Tezpur Lunatic Asylum reports 1877-1894 - 1877-1894
Year: 1877
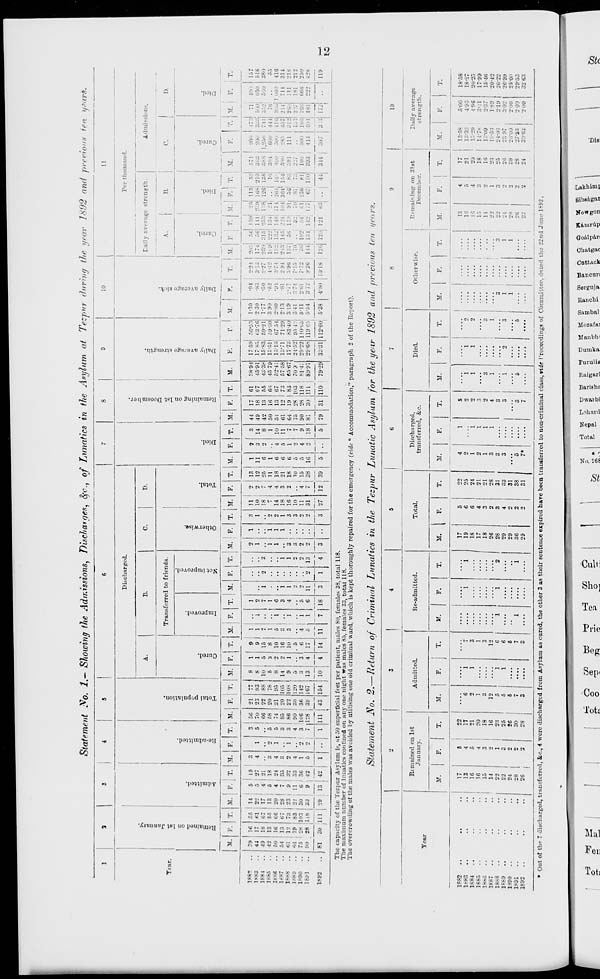
Statement No. 1.- Showing the Admissions, Discharges, fyc, of Lunatics in the Asylum at Tezpur during the year 1892 and previous fen y?.arh.
1
3
S
|
4
1
1 3
6
7
8
9
10
11
Discharged.
|
Per thousand.
A.
B.
C.
D.
Daily average strength.
Admissions.
5
■c
c
"5
B
5
S
•a
a
a
•a
t£
o
_5
11
a
o.
c
Q.
"3
o
H
|
•6
5
a
3
bo
e
'3
a
1?
3
c
5
>
a
"3
Q
bo
p
>
'3
1. 1
A.
Ttar.
•d
a
a
o
Transferred to friends.
O
"3
o
En
B.
1
C.
1
D.
>
O
a.
a
p
a
c
If.
-3
5
K
■a
3
■o"
3
o
T.
St
13
5
P.
M. F.
T. 1L | P. | T. M.
F.
T.
M.
1
F.
T.
M.
(
F.
T.
M. P.
T.
M. F.
T. M.
F.
T. M.
F.
T. if.
F.
T.
M. F.
T.
M.
F.
r.l
l
M.
*•
T. 1 M. | F. ] T. ' M.
F -
T.
188->
..
,9
M
56
14 ! 5
,9
3
3 ! 56 21 77
8
1
9
1
1
2
1
3
11
2
13
1
2
3
44
17
61
3894 17 59 50-53 1-30
•94
2-24
205
56 159 25 11 s| 53
571
200
(73
71
411 1
157
1883
44
17
til
22
5
27 j 4
1
5
70
23 93
8
1
9
1
1
0
1
1
10
2
12
11
3
14
49
18 67
4591 17 f5 K3-76 2 30
•83
3!.i
174
56 141- 239 168 219
:;■;:;
200
600
518
1884
49
18
07 | 17 ! 4 21
06
CO
88
10
5
15
7
7
2
3
18
7
25
6
2
8
42
13
55
48-3* 15-83 59-21 1-77
■50
2-27
230 315 253 138 126 135
588 1,250
711 ■
-
380
1885
42
13
85 I 13
5
18
3
•> 5 58 20 78
5
3
8
1
.
1
1
1
2
4
11
1
1
50
16
66
45 79 13-51 59-30 3 90
•52
1-42
lea 222
:i\ ..
16
384
600
111
76
55
1SS6
50
it;
06 | 20
4
24
4
1
5
74
21
95
8
2
10
5
1
6
1
1
2
14
4
18
6
4
10 51
13
67
52-4I 15-13 67 51 2-80
•91
:;•:! 152 132 148 il 1, 264 14- 401.'
500
416 3 . ■
416
1887
..
.14
13
67
2S
7
35
3
3
85
20 105
14
<> 16 3
.
3
1
1
1
18
3
21
6
5
11
61
12
73
57-58 13*71 71-29 2-13
•81
2 9 1
243 145 224 in fi 364 154
.-,•)■.
285
457 214
711
314
1888
til
12
73
23
9
32
2
1
3
86
22 108
9
1
10
3
1
4
1
3
3
16
2
18
6
1
7
64
19
83
65-67 177;! 83-40 319
2-7 .
5-96
137
56 119
91
56
83
391
111
312 s. in 218
1889
64
19
S3
23
11
33
4
4 1 90
30 120
5
. 5
2
3
3
10
10
,-,
2
7
75
28 103
70 9
1 24-52 95 1 v 341
."'7 ■ !
7-15
70
52
70
81
7:
227
151 ■: 7
1-1
212
1*90
75 1 28 103 30
6 i 3G
1
2
3 In 6
36 142
3
3
6
4
1
5
2
2
2
11
4
15
g
4
9
90
28 118
81-4:
29*22 110-65 5-11
261
7-72
:;•; 102 54' 61 136 81 100
500
1661 10:;
666
250
JsM
..
90
81
28 118 S3
•29
9
13
42
42 i
5
1
o
1
.28 j
ill
39
43
167
154
13
10
4
4
17
14
5
11
1
6
11
3
2
1
13
4
2
3
2
3
31
27
7
12
38
39
16
5
18
5
81
79
110
89-97 29-68
33-31
11965 5-54
:: 72
4-80
9 26 ; in 134
1-2 1
142 177
67 150
.. ! 41
393
3-14
ill
:;u7
481
17.
428
1*92
30 1
111
7
18
79-29
112-60 5-38
10-18
126
124
(.3
119
The capacity of the Tezpur Asylum is, sit 50 superficial feet per patient, males 80, females 38, total 118.
The maximum number of lunatics confined on any one night was males 85, females 33, total 118.
The overcrowding of the males was avoided by utilising one old criminal ward, which is kept thoroughly repaired for the emergency (vide
to
Accommodation,"' paragraph 2 of the Report).
Statement No. 2.—Return of Criminal Lunatics in the Tezpur Lunatic Asylum for the year 1892 and previous ten years.
1
2
[
3
|
4
5
6
1 7
|
8
9
10
Remained on 1st
Jan nary.
Admitted
Re-admitted.
Total.
Discharged,
transferred, &c.
Died.
Otherwise.
Remaining on 31st
December.
Daily average
strength.
Tear
V.
F.
I - If. F. 1 ^ If. F. T. M. [» T. M. F. T. M. F. T. M. F. T. M. F. ! T. M. F. T.
1882
..
17
8
22
17
5
22
4
1
8
.... 1 ....
13
4
17
13-58
5-00
18-58
1--K3
13
4
17
6
1
i
i
19
6
25
2
2
1
1
o
....
16
5
21
13-32
t-95
18-27
1884
..
16
5
21
2
1
3
18
6
24
1
2
1
1
2
16
4
20
15-29
4-96
20*25
1885
..
16
4
20
1
1
17
4
21
2
3
15
:;
IS
14-78
3-.'l
17-99
18M;
..
..
.. .
15
3
18
3
3
18
3
21
1
2
3
3
14
2
16
13-09
2-37
15-46
1887
14
2
16
12
12
26
2
28
3
4
1
1
22
1
23
18-53
1-89
20-42
18S8
..
..
.. |
22
1
23
o
1
6
1
i
2
28
3
31
3
3
3
:;
22
;;
25
24-03
2-19
26-22
1889
..
22 ,
3
25
6
1
6
29
4
33
3
3
1
o
3
1
1
24
2
26
23 97 .
3-02
26-99
1890
24 ;
2
26 ;
8
8
29
2
31
1
1
28
2
30
26*00
2-00
2S-0C
1S91
..
28 |
2
30
i
1
1
36
2
38
5
5
5
5
26
2
28
27-53
2 00
29-53
1892
..
26
2
.|
3
....
■
.... | ....
.... |
29
' 1
31 1 7* .... 7
....
.... |
--'
2
1
24
30-63
200
32 63
• Out of the 7 discharged, transferred, tc, 4 were discharged from Asylum as cured, the other 3 as their sentence expired have been transferred to non-criminal class, vide Proceedings of Committee, dited the 22nd Juno 1S.92.
t-3
O
^ S
!•»
CP
p
O
*
O
'■3
CD
TTq
hj
1-3
CO
o
cr-
op
o 7?
3" ■*■>
o w -a M a a K
-a s £ s s •» s
s a- <s
£ if a
das = ff £
B
o-
p
woe©-*!* ©ST
N U 3 t" R S'
g -? B
e-
ti
59